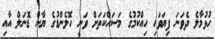
ހުޅުމާލެ ދެވަނަ ފިޔަވަހި ހިއްކުމުގެ މަސައްކަތަށް ވަނީ ހޮލެންޑުގެ ޔާން ޑޮނަލް އާއި